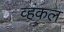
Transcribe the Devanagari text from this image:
व्हंकल